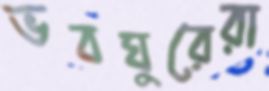
ভবঘুরেরা